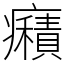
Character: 癪